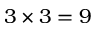
3 \times 3 = 9